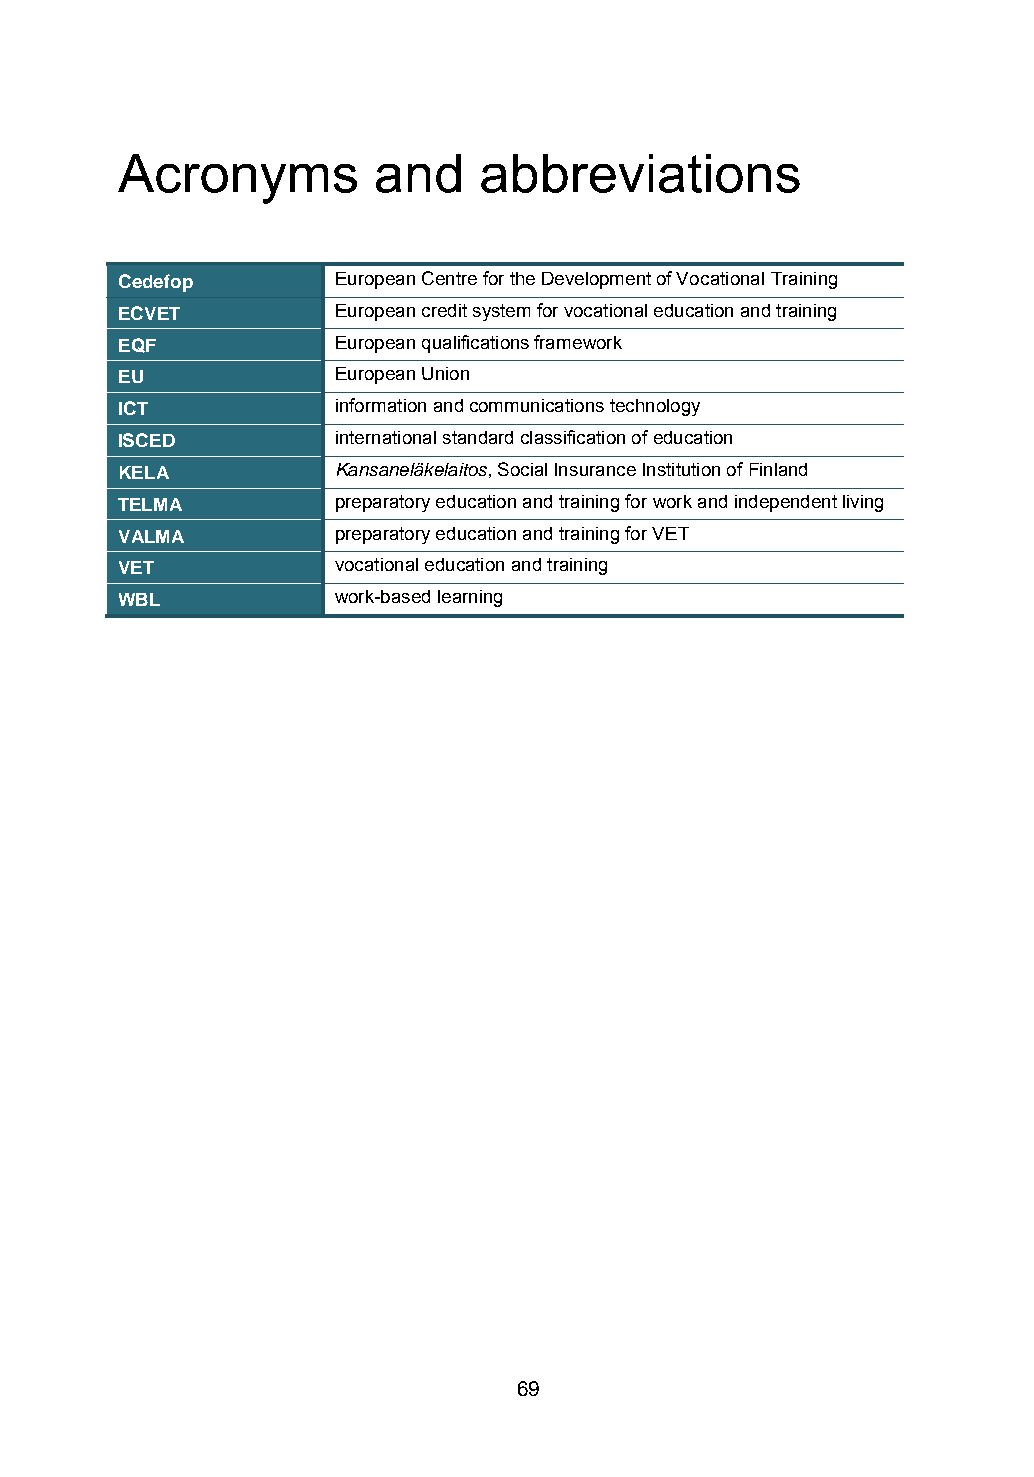
Acronyms         and    abbreviations
 Cedefop       European Centre for the Development of Vocational Training
 ECVET         European credit system for vocational education and training
 EQF           European qualifications framework
 EU            European Union
 ICT           information and communications technology
 ISCED         international standard classification of education
 KELA          Kansaneläkelaitos, Social Insurance Institution of Finland
 TELMA         preparatory education and training for work and independent living
 VALMA         preparatory education and training for VET
 VET           vocational education and training
 WBL           work-based learning
 69